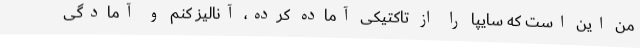
من این است که سایپا را از تاکتیکی آماده کرده، آنالیز کنم و آمادگی